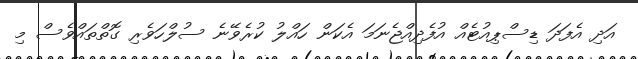
އަދި އެފަދަ ޑިސްޕިއުޓެއް އުފެދިއްޖެނަމަ އެކަން ހައްލު ކުރެވޭނެ ސުލްހަވެރި ގޮތްތައްވެސް މި